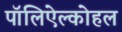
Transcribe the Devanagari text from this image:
पॉलिऐल्कोहल